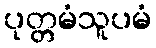
ပုတ္တမံသူပမံ